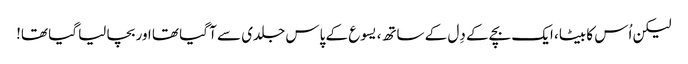
لیکن اُس کا بیٹا، ایک بچے کے دِل کے ساتھ، یسوع کے پاس جلدی سے آ گیا تھا اور بچا لیا گیا تھا!